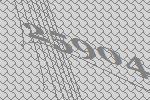
25904